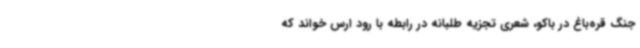
جنگ قره‌باغ در باکو، شعری تجزیه طلبانه در رابطه با رود ارس خواند که